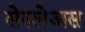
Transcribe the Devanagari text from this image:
सेरुलेअस